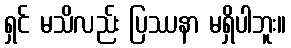
ရှင် မသိလည်း ပြဿနာ မရှိပါဘူး။